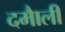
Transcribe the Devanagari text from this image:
दमाैली